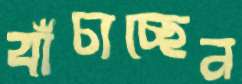
বাঁচাচ্ছেন